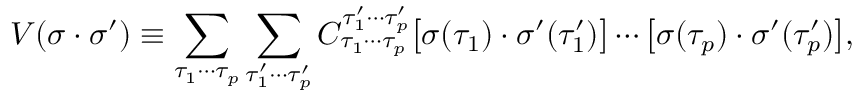
V ( \sigma \cdot \sigma ^ { \prime } ) \equiv \sum _ { \tau _ { 1 } \cdots \tau _ { p } } \sum _ { \tau _ { 1 } ^ { \prime } \cdots \tau _ { p } ^ { \prime } } C _ { \tau _ { 1 } \cdots \tau _ { p } } ^ { \tau _ { 1 } ^ { \prime } \cdots \tau _ { p } ^ { \prime } } \big [ \sigma ( \tau _ { 1 } ) \cdot \sigma ^ { \prime } ( \tau _ { 1 } ^ { \prime } ) \big ] \cdots \big [ \sigma ( \tau _ { p } ) \cdot \sigma ^ { \prime } ( \tau _ { p } ^ { \prime } ) \big ] ,